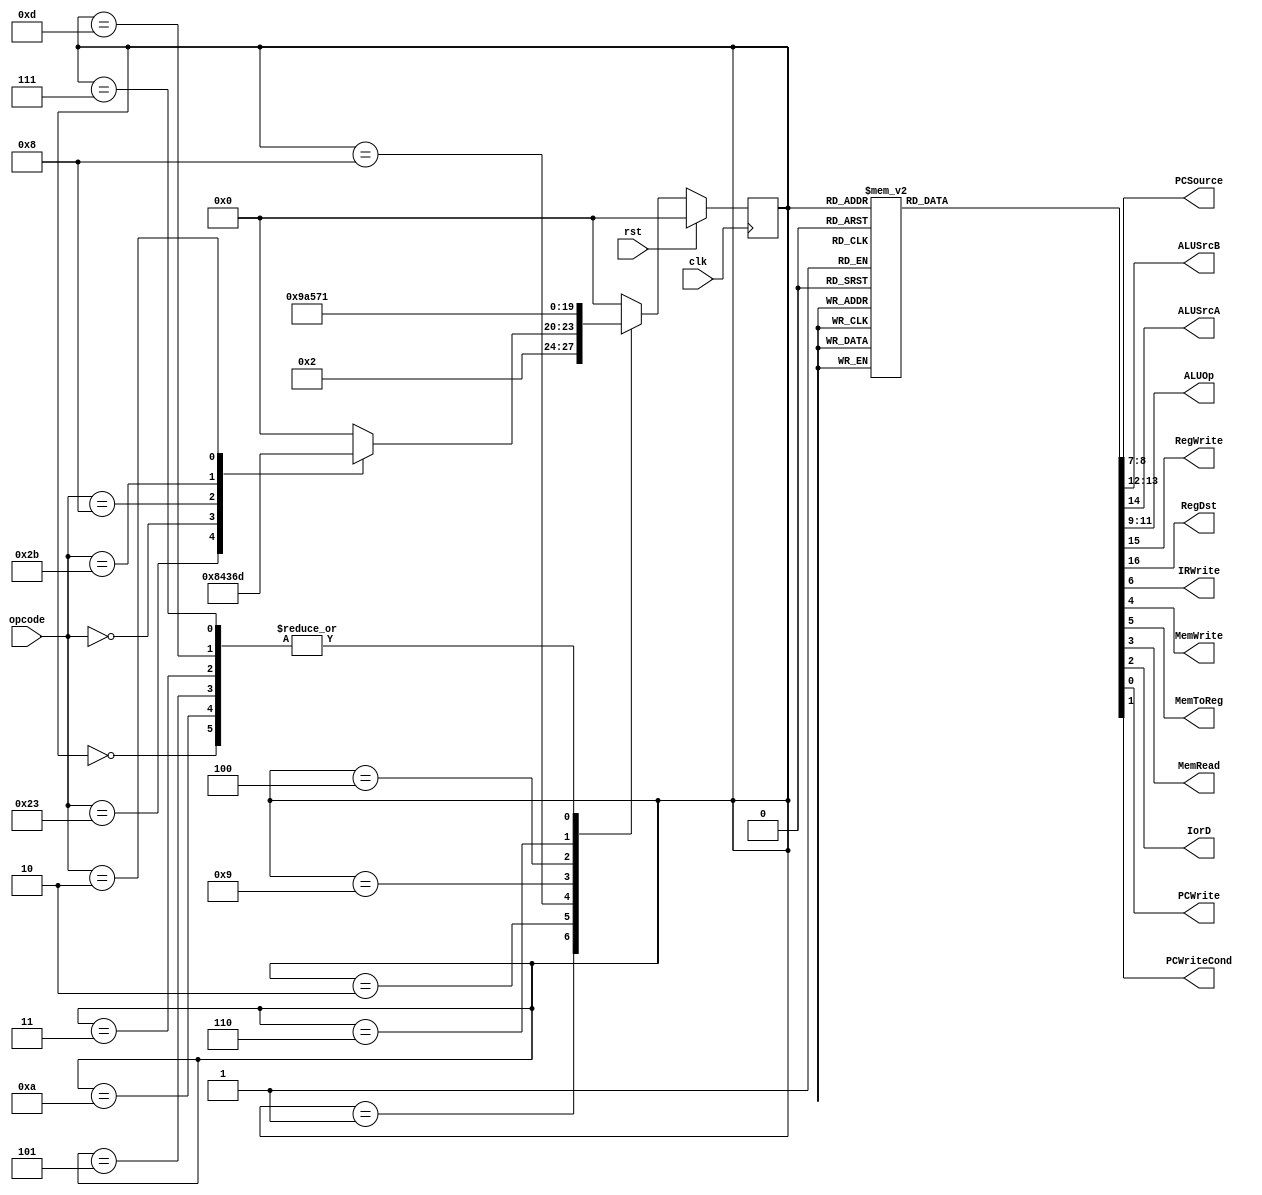
module Control_Unit_MultiCycle(
input clk,
input rst,
input [5:0] opcode,
output reg [1:0] PCSource,
output reg [1:0] ALUSrcB,
output reg ALUSrcA,
output reg [2:0] ALUOp,
output reg RegWrite,
output reg RegDst,
output reg IRWrite,
output reg MemWrite,
output reg MemToReg,
output reg MemRead,
output reg IorD,
output reg PCWrite,
output reg PCWriteCond
);

// opcodes
parameter lw = 6'b100011, beq = 6'b001000, RType = 6'b000000, 
sw = 6'b101011, jump = 6'b000010;
// states
parameter IDLE = 4'b0000, FETCH = 4'b0001, DECODE = 4'b0010;
parameter LW_Step3 = 4'b1000, LW_Step4 = 4'b1001, LW_Step5 = 
4'b1010;
parameter RType_Step3 = 4'b0100, RType_Step4 = 4'b0101;
parameter Branch_Step3 = 4'b0011;
parameter SW_Type1 = 4'b0110;
parameter SW_Type2 = 4'b0111;
parameter Jump = 4'b1101;
reg [3:0] current_State;
reg [3:0] next_State;

always@(posedge clk)
begin
if(rst)
current_State <= IDLE;
else
current_State <= next_State;
end

always@(*)
begin
next_State <= IDLE;
case(current_State)
IDLE : next_State <= FETCH;
FETCH: next_State <= DECODE;
DECODE: begin
case(opcode)
lw: next_State <= LW_Step3;
RType: next_State <= RType_Step3;
beq: next_State <= Branch_Step3;
sw: next_State <= SW_Type1;
jump: next_State <= Jump;
endcase
end

LW_Step3: next_State <= LW_Step4;
LW_Step4: next_State <= LW_Step5;
LW_Step5: next_State <= FETCH;
RType_Step3: next_State <= RType_Step4;
RType_Step4: next_State <= FETCH;
Branch_Step3: next_State <= FETCH;
Jump: next_State <= FETCH;
SW_Type1: next_State <= SW_Type2;
SW_Type2: next_State <= FETCH;
endcase
end

always@(*)
begin

 PCWrite = 0;
 PCWriteCond = 0;
 IorD = 0;
 MemRead = 0;
 MemWrite = 0;
 MemToReg = 0;
 IRWrite = 0;
 PCSource = 0;
 ALUOp = 0;
 ALUSrcB = 0;
 ALUSrcA = 0;
 RegWrite = 0;
 RegDst = 0;

case(current_State)
IDLE: begin 
 PCWrite = 0;
 PCWriteCond = 0;
 IorD = 0;
 MemRead = 0;
 MemWrite = 0;
 MemToReg = 0;
 IRWrite = 0;
 PCSource = 0;
 ALUOp = 0;
 ALUSrcB = 0;
 ALUSrcA = 0;
 RegWrite = 0;
 RegDst = 0;
 end
FETCH: begin 
 PCWrite = 1;
 IorD = 0;
 MemRead = 1;
 IRWrite = 1;
 PCSource = 2'b00;
 ALUSrcB = 2'b01;
 ALUSrcA = 0;
 ALUOp = 3'b010;
 end
DECODE: begin 
 PCWrite = 0;
 MemRead = 0;
 IRWrite = 0;
 ALUSrcB = 2'b11;
 ALUSrcA = 0;
 ALUOp = 3'b010;
 end
LW_Step3: begin
 ALUSrcB = 2'b10;
 ALUSrcA = 1;
 ALUOp = 3'b010;
 end
LW_Step4: begin
 MemRead = 1;
 IorD = 1;
 end
LW_Step5: begin
 RegDst = 0;
 RegWrite = 1;
 MemToReg = 1;
 end
RType_Step3: begin
 ALUSrcB = 2'b00;
 ALUSrcA = 1;
 ALUOp = 3'b000;
 end
RType_Step4: begin
 RegDst = 1;
 RegWrite = 1;
 MemToReg = 0;
 end
Branch_Step3: begin
 ALUSrcB = 2'b00;
 ALUSrcA = 1;
 ALUOp = 3'b001;
 PCWriteCond = 1;
 PCSource = 2'b01;
 end
Jump: begin
 PCWrite = 1;
 PCSource = 2'b10;
 end
SW_Type1: begin
 ALUOp = 3'b010;
 ALUSrcB = 2'b10;
 ALUSrcA = 1;
 end
SW_Type2: begin
 MemWrite = 1;
 IorD = 1;
 end
endcase
end

endmodule